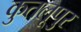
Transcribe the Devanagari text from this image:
कुतलूपुर